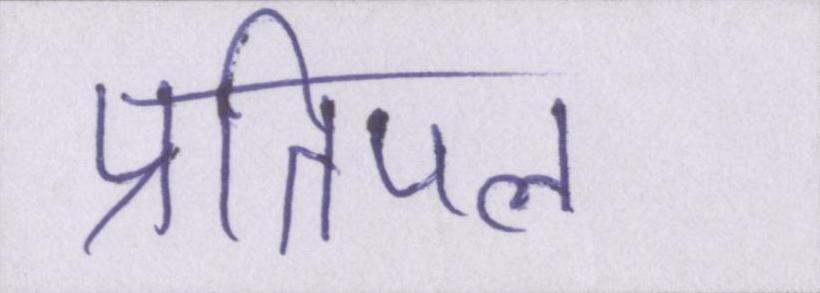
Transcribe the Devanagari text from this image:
प्रतिपल